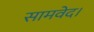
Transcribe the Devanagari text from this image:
सामवेद।